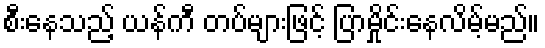
စီးနေသည့် ယန်ကီ တပ်များဖြင့် ပြာမှိုင်းနေလိမ့်မည်။